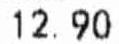
12.90